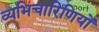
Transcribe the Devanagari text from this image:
व्यभिचारिणियों